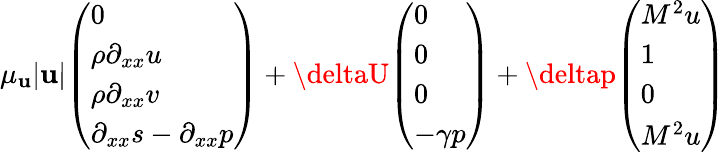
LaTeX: \mu_{\mathbf{u}}|\mathbf{u}|\begin{array}{l}{\left(\begin{array}{l}{0}\\ {\rho\partial_{xx}u}\\ {\rho\partial_{xx}v}\\ {\partial_{xx}s-\partial_{xx}p}\end{array}\right)}\end{array}+\deltaU\begin{array}{l}{\left(\begin{array}{l}{0}\\ {0}\\ {0}\\ {-\gamma p}\end{array}\right)}\end{array}+\deltap\begin{array}{l}{\left(\begin{array}{l}{M^{2}u}\\ {1}\\ {0}\\ {M^{2}u}\end{array}\right)}\end{array}